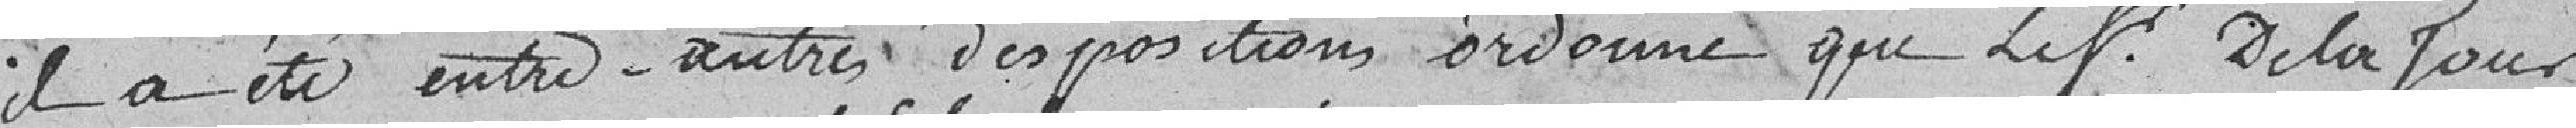
il a été entre-autres dispositions ordonné que le sieur De la Tour